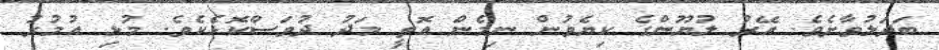
ބަދަލުވާށެވެ. އޭރު ލުޔޫންގެ ކިޔެވުން ނިމެން އޮތީ މަދު ދުވަސްކޮޅެކެވެ. މުޅި އުމުރު